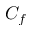
C _ { f }